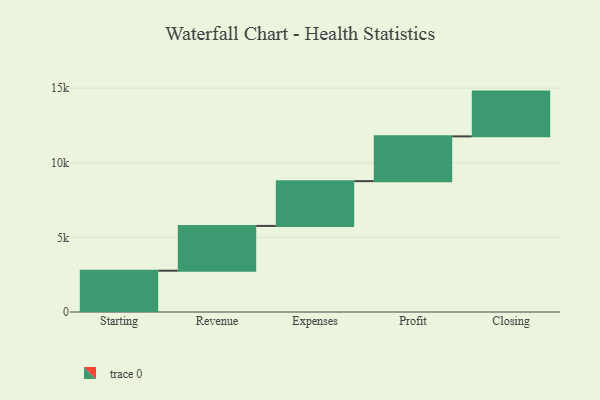
{"axis": {"x": "Step", "y": "Value"}, "legend": [""], "data": [{"x": "Starting", "y": 2768.0, "type": ""}, {"x": "Revenue", "y": 3000, "type": ""}, {"x": "Expenses", "y": 3000, "type": ""}, {"x": "Profit", "y": 3000, "type": ""}, {"x": "Closing", "y": 3000, "type": ""}]}